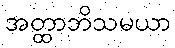
အတ္ထာဘိသမယာ